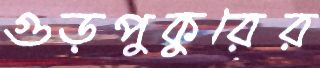
গুড়পুকুরের